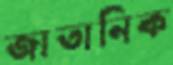
জাতানিক